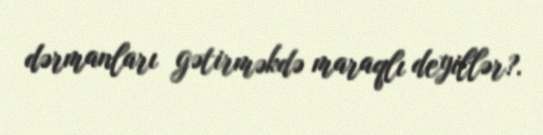
dərmanları gətirməkdə maraqlı deyillər?.